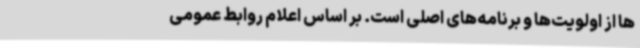
‌ها از اولویت‌ها و برنامه‌های اصلی است. بر اساس اعلام روابط عمومی